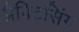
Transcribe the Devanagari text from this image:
प्रैक्टिसिंग